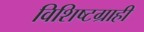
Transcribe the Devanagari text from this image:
विशिष्टग्राही